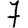
Digit: 7